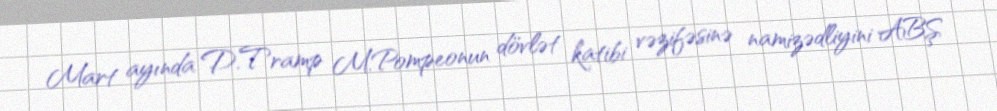
Mart ayında D.Tramp M.Pompeonun dövlət katibi vəzifəsinə namizədliyini ABŞ